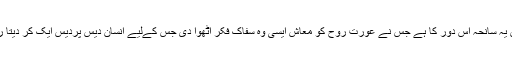
پس یہ سانحہ اِس دور کا ہے جس نے عورت روح کو معاش ایسی وہ سفاک فکر اٹھوا دی جس کےلیے انسان دیس پردیس ایک کر دیتا رہا۔